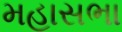
મહાસભા